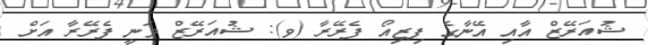
ޝުއަރޭޒް އާއި އޭނާގެ ފިޒިއޯ ފެރޭރާ (ވ): ޝުއަރޭޒް ވަނީ ފެރޭރާ އަށް